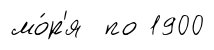
мо́р'я по 1900